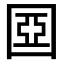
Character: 𡈀